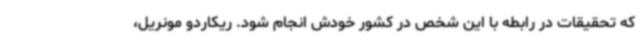
که تحقیقات در رابطه با این شخص در کشور خودش انجام شود. ریکاردو مونریل،